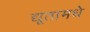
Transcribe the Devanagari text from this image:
द्यूतामधे